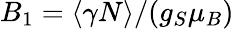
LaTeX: B_{1}=\langle\gamma N\rangle/(g_{S}\mu_{B})